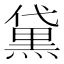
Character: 黛